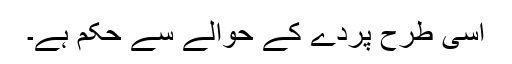
اسی طرح پردے کے حوالے سے حکم ہے۔